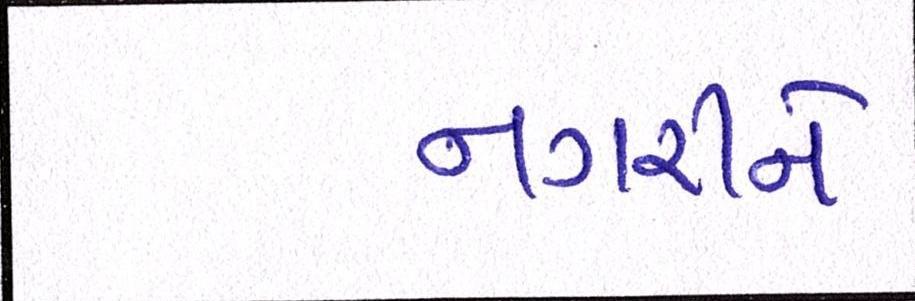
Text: નગરીને